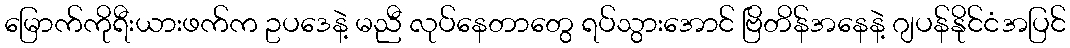
မြောက်ကိုရီးယားဖက်က ဥပဒေနဲ့ မညီ လုပ်နေတာတွေ ရပ်သွားအောင် ဗြိတိန်အနေနဲ့ ဂျပန်နိုင်ငံအပြင်